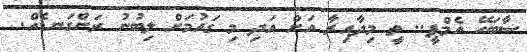
ސާބަހޭ އެމްޕީ.. ތީ މިދާއިރާ އަށް އަދި މި ގައުމަށް ލިބުނު ރަންގަނޑެއް.